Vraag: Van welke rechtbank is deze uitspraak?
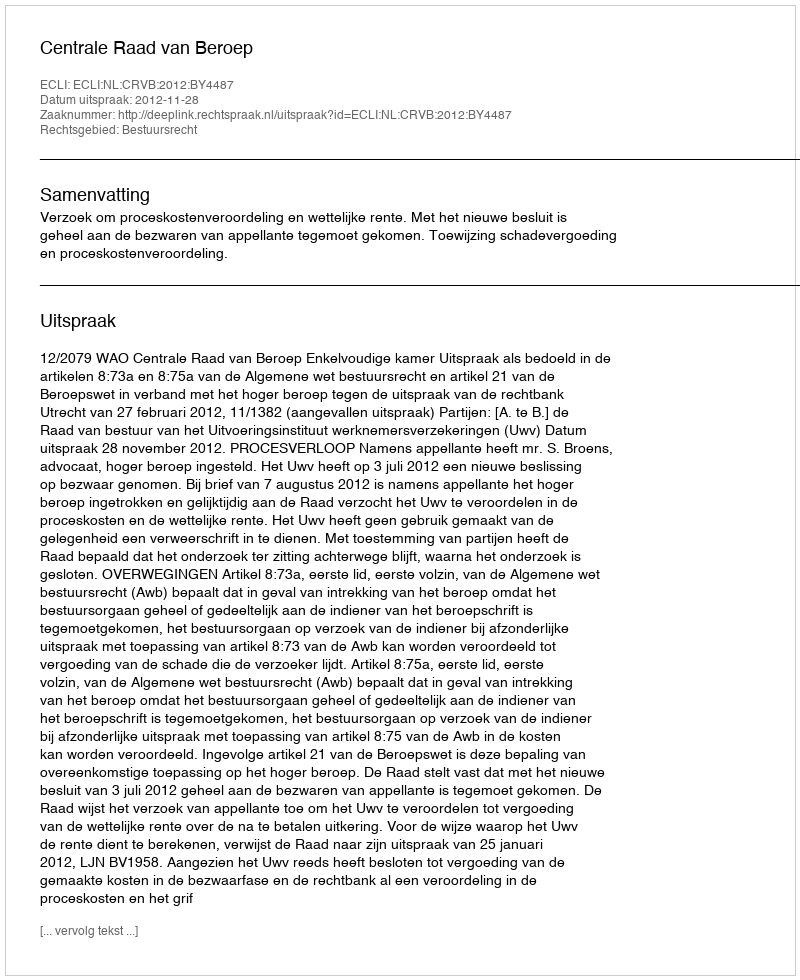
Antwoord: Centrale Raad van Beroep